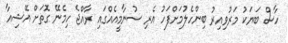
ހާސް ބަޔަކު މަރުވިއިރު ބިންހެލުމަށްފަހު އެރި ސުނާމީއެއްގައި ރާއްޖެ ހިމެނޭ ގޮތަށް އޭޝިއާ